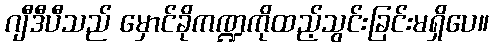
ဂျီဒီပီသည် မှောင်ခိုကဏ္ဍကိုထည့်သွင်းခြင်းမရှိပေ။